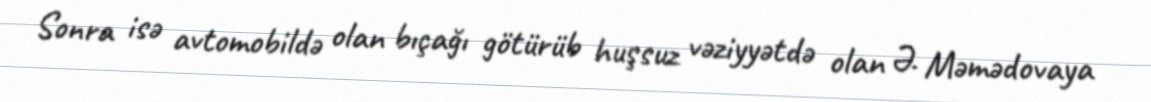
Sonra isə avtomobildə olan bıçağı götürüb huşsuz vəziyyətdə olan Ə. Məmədovaya